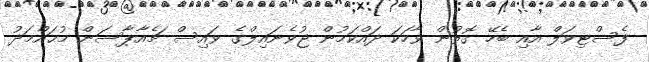
ފެސްޓިވަލް އާއި ބެހޭ ގޮތުން ވާހަކަ ދައްކަމުން ޖުވެނައިލްގެ ވައިސް ޗެއާޕާސަން މުޙައްމަދު